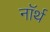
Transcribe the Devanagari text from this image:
नाॅर्थ